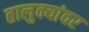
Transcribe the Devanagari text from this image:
तालुक्यांवर